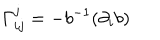
LaTeX: \Gamma _ { i j } ^ { j } = - b ^ { - 1 } ( \partial _ { i } b )